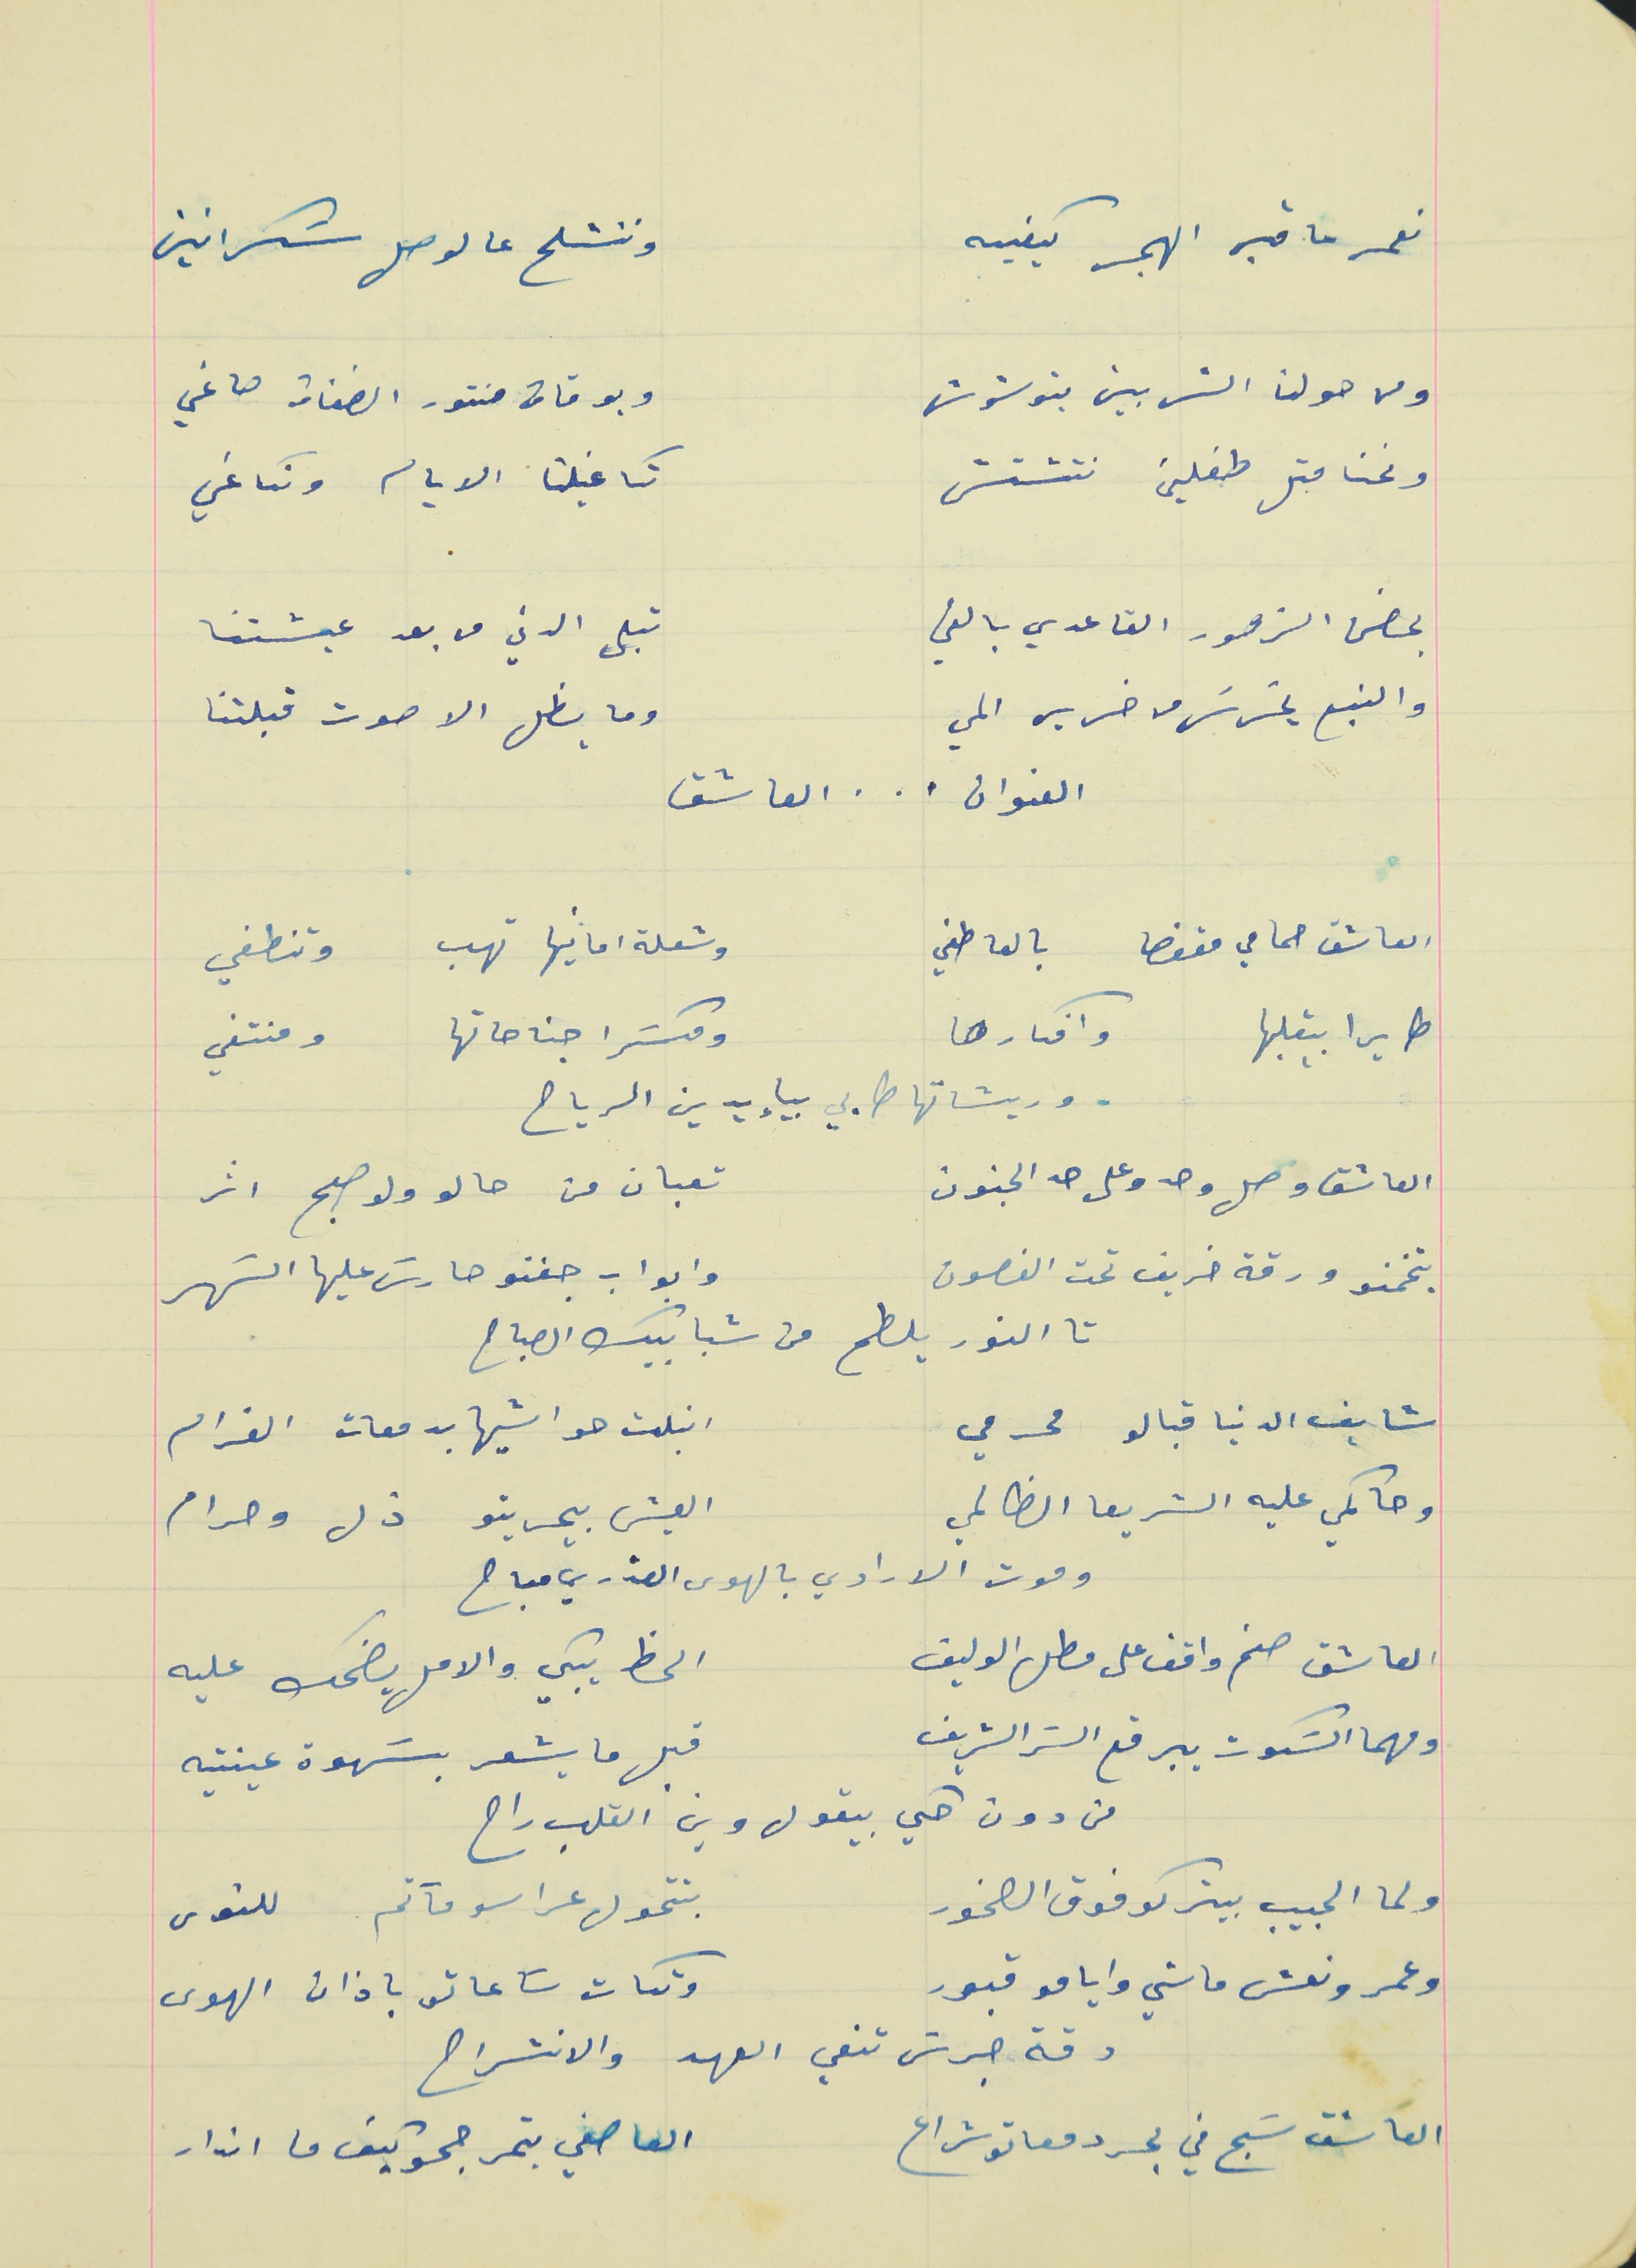
نعمه ما قبل الهجر كيفيه                                            وننشلح عالوصل سَكرانين
ولا حولنا الشريين بتوشوش                                        وبوقات منتور الضفات صاغي
ونحنا متل طفلين نتشتش                                            تكاغيلنا الايام ونكاغي
بحضن الزهور القاعدي بالفي                                      تبلى الدني من بعد عيشتنا
والنبع يسَرسَر من خرير المي                                       وما يظل الا صوت قبلتنا
 العنوان   .   .   .   العاشق
العاشق حمامي مفوضا بالعاطفي                             وشعلة امانيها تهب وتنطفي
طايرا بقلبها وافكارها                                             ومكسَرا جناحاتها ومنتفي
وريشاتها طابي بيإيدين الرياح
العاشق وصل وحدو على حد الجنون                      تعبان من حالو ولو صبح اثر
بتخمنو ورقة خريف تحت الغصون                          وابواب جفنو حارسَ عليها السَهر
شايف الدنيا قبالو محرمي                                       انبلت حواشيها بدمعات الغرام
وحاكمي عليه الشريعا الظالمي                               العيش بيحريتو ذل وحرام
 وموت الارادي بالهوى العذري مباح
العاشق صنم واقف على مطل الوليف                      الحظ يبكي والامل يضحك عليه
ومهما السَكوت بيرفع السَر الشريف                          قبل ما يشعر بسَهوة عينتيه
من دون حكي بيقول وين القلب راح
ولما الحبيب بيتركو فوق الصخور                              بتتحول عراسو مآتم للنوى
وعمر ونعش ماشي وايامو قبور                                 وتكات سَاعاتو باذان الهوى
دقة جرسَ تنعي العهد والانشراح
العاشق سَبح في بحر دمعاتو شراع                             العاصفي بتمرجحو كيف ما اندار
تا النور يلطح من شبابيك الصباح